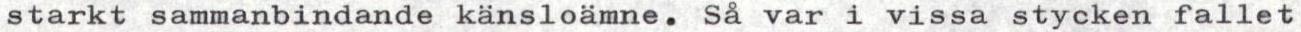
starkt sammanbindande känsloämne. Så var i vissa stycken fallet